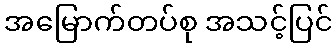
အမြောက်တပ်စု အသင့်ပြင်